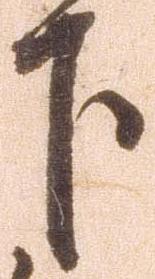
下